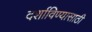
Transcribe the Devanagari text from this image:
दर्शाविण्यासाठी